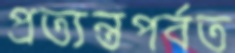
প্রত্যন্তপর্বত